Leaving Certificate Examination, 1922
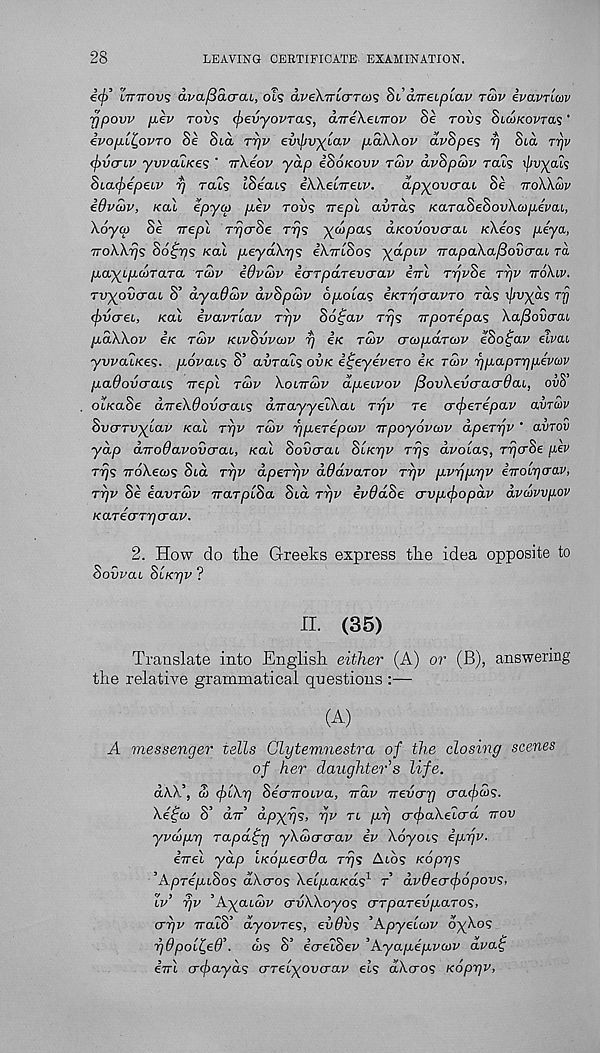
28
LEAVING CERTIFICATE EXAMINATION.
e<£’ ITTITOVS avaficiarcu, 6l<; avekTTLcrTais §1 a/rreip'uxv TOJV ivavriav
rfpovv pev rovs (pevyovTas, aireKenrov Se TOVS SUOKOVTCIS '
ivojXL^ovro Se Sux TTJV evxpvyiav paWov avSpes yj Sid Trjv
<f>vcriv ywcuKes ' irKeov ydp iSoKovv rwv dvSpcov rax,'; ipvya'is
SioKpepeiv rj rais tSeat? iWeiTreiv.
dpyovcrcu Se TToXkmv
iOvaiv, KOI epyco pev Toil? irepl aura? /caraSeSovXw^ieVai,
Xoya) Se Trepl ryjaSe ryjs ycopas aKovovcrcu nXeas peya,
yroWyjs So^ps KOI peyd\y)<; iXyriSos yapiv TrapatXafiovcrai rd
payipcdTaTa TCOV idvcdv io-TpaTevcrav irrl TyjvSe jyjv TT6\IV.
rvyovcrai S’ dyciddv dvSpwv opolas eKTyjaaVTO ras xf/vyds rrj
(pvcrei,, KCU evavTiav rpv 86£av ryjs TTporepas Xafiovcrou
pdWov ix. TOiv KIVSVVOJV yj ix TU>V crajparcov eSoipav eimi
yvvcuxes. povais S’ aurat; ovx i^eyevero ix TWV ppaprrjpevm
paOovcrcus yrepl TCOV XOITTCOV dpeivov /SovXevcracrdcu, ovS’
oixaSe direXdovcrai? dyrayyeiXai Trjv re crcperepav avruv
SvcrTvylav xal rrjv TS>V rjpeTeputv yrpoyovcov dperyjv ' avrov
ydp dyrodavovcrai, xal Sovcrai Slxy/v ryjs dvoias, ryjcrSe pev
TTJS TroXews Sta r/jv dperyjv dOdvarov TTJV pvyjprjv iyro'irjcrav,
TTjv Se eavTcov TrarpiSa Sta rr/v ivOdSe crvptpopdv dvcovvpov
xaTiarqcrav.
2. How do the Greeks express the idea opposite to
Sowat Slxrjv'
II. (35)
Translate into English, either (A) or (B), answering
the relative grammatical questions
(A)
A messenger tells Clytemnestra of the closing scenes
of her daughter’s life.
dkX\ <S <p[Xy] Secnrobva, yrdv yrevcrri cracpcds.
Xeijco S’ O-TT’ dpyri<;, yjv rt pi] cr<paXeia-d nov
yvdprj rapd^r) yXcdcrcrav iv Xoyot? ipxjv.
ivel ydp txopecrOa Trj<; Ato? xopyjs
’AprepiSos dXcro? Xelpaxds: 1 T dvdecrpopov;,
tv’ rjv ’Ayatwv crvXXoyos <TTparedpaTOS,
eryv yraiS’ dyovres, evdvs ’Apyetwv oyXo?
gOpol^eO’. 0J5 S’ e’cretSev ’Ayapepvov dvaf
iirl crcpayds crretyoucrav ets dXcros xoprjv,